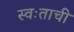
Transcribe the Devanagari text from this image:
स्वःताची